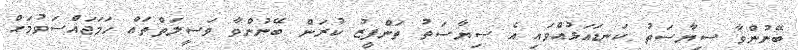
ބޭނުންވާ ސިޔާސަތު ކަނޑައަޅުއްވައި އެ ސިޔާސަތު ތަންފީޒު ކުރަން ބޭނުންވާ ވަސީލަތްތައް ހަމަޖައްސަވުމަށް